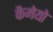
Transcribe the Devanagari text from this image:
कैमेयो